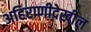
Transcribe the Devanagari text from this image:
अहिराणीदेखील